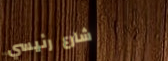
شارع رئيسي